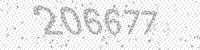
Solution: 206677